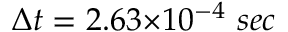
{ \Delta { t } } = 2 . 6 3 { \times } 1 0 ^ { - 4 } ~ s e c